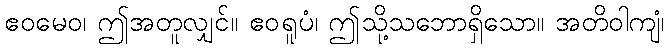
ဧဝမေဝ၊ ဤအတူလျှင်။ ဧဝရူပံ၊ ဤသို့သဘောရှိသော။ အတိဝါကျံ၊